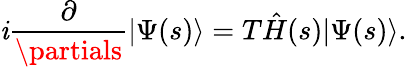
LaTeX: \mathit{i}\frac{{\partial}}{{\partials}}|\Psi(s)\rangle=T\hat{{H}}(s)|\Psi(s)\rangle.